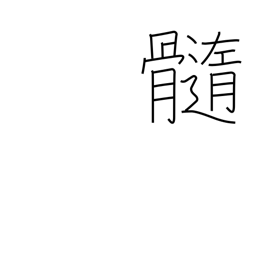
Meaning: marrow